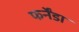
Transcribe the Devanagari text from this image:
फर्नेंडा